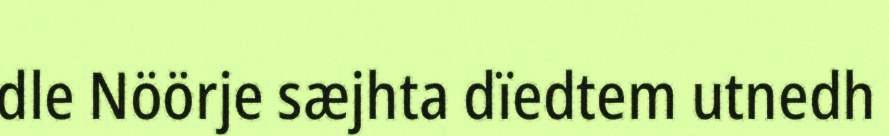
dle Nöörje sæjhta dïedtem utnedh